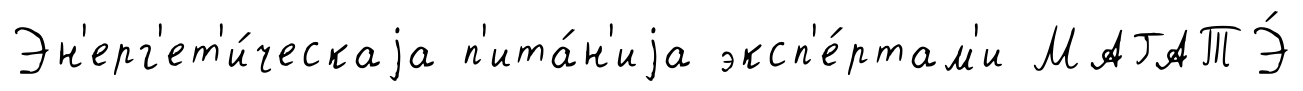
Эн'ерг'ет'и́ческаjа п'ита́н'иjа эксп'е́ртам'и МАГАТЭ́